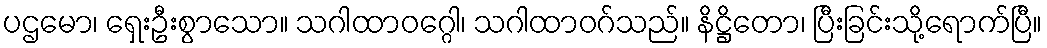
ပဌမော၊ ရှေးဦးစွာသော။ သဂါထာဝဂ္ဂေါ၊ သဂါထာဝဂ်သည်။ နိဋ္ဌိတော၊ ပြီးခြင်းသို့ရောက်ပြီ။